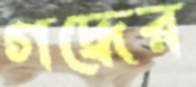
গদ্ধের